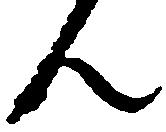
ん